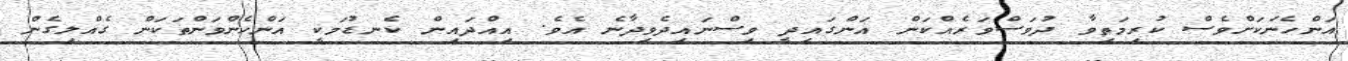
އަންހެނަކަށްވެސް ކުރިމަތިވާ ދުވަސްވަރެއްކަން އަންގައިދީ ވިސްނައިދެވިދާނެ އެވެ. އިއްދައިން ކެނޑުމަކީ އަންހެންވަންތަކަން ގެއްލިގެން